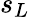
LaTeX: s_{L}